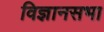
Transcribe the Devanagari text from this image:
विज्ञानसभा